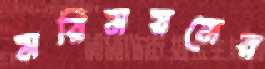
মরিময়মের